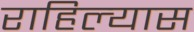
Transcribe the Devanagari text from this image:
राहिल्‍यास